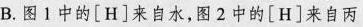
B.图1中的\left[H\right]来自水，图2中的\left[H\right]来自丙